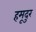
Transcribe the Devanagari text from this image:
हमूदुर